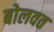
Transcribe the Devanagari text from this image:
बोलवत